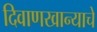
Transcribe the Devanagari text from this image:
दिवाणखान्याचे